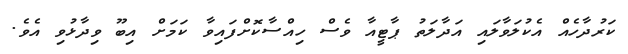
ކަރުދާހެއް އެކުލަވާލައި އަދާލަތު ޕާޓީއާ ވެސް ހިއްސާކޮށްފައިވާ ކަމަށް އިބޫ ވިދާޅުވި އެވެ.